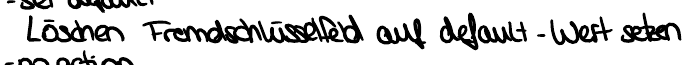
Löschen Fremdschlüsselfeld auf default - Wert setzen